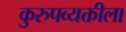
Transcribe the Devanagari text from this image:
कुरुपव्यक्तीला